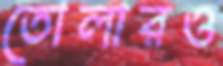
তোলারও